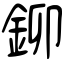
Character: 鉚